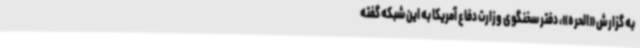
به گزارش «الحره»، دفتر سخنگوی وزارت دفاع آمریکا به این شبکه گفته